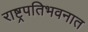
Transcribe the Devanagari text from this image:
राष्ट्रपतिभवनात